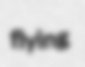
flying